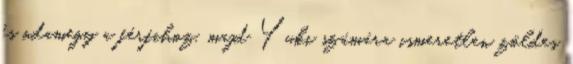
és odamegy a férfihoz, majd Yuki számára ismeretlen zöldes